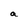
Character: a